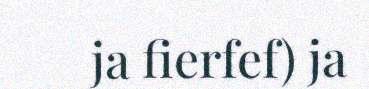
ja fierfef) ja